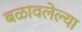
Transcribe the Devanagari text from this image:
बळावलेल्या